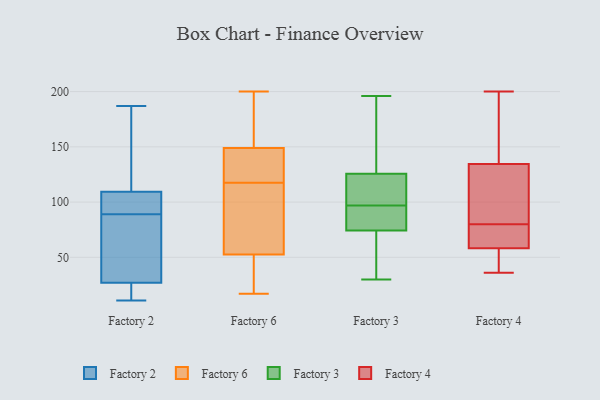
{"axis": {"x": "Production Output", "y": "Value"}, "legend": ["Factory 2", "Factory 3", "Factory 4", "Factory 6"], "data": [{"x": "", "y": 174, "type": "Factory 2"}, {"x": "", "y": 19, "type": "Factory 2"}, {"x": "", "y": 95, "type": "Factory 2"}, {"x": "", "y": 187, "type": "Factory 2"}, {"x": "", "y": 14, "type": "Factory 2"}, {"x": "", "y": 89, "type": "Factory 2"}, {"x": "", "y": 11, "type": "Factory 2"}, {"x": "", "y": 86, "type": "Factory 2"}, {"x": "", "y": 114, "type": "Factory 2"}, {"x": "", "y": 89, "type": "Factory 2"}, {"x": "", "y": 51, "type": "Factory 2"}, {"x": "", "y": 198, "type": "Factory 6"}, {"x": "", "y": 116, "type": "Factory 6"}, {"x": "", "y": 119, "type": "Factory 6"}, {"x": "", "y": 194, "type": "Factory 6"}, {"x": "", "y": 52, "type": "Factory 6"}, {"x": "", "y": 46, "type": "Factory 6"}, {"x": "", "y": 102, "type": "Factory 6"}, {"x": "", "y": 127, "type": "Factory 6"}, {"x": "", "y": 120, "type": "Factory 6"}, {"x": "", "y": 184, "type": "Factory 6"}, {"x": "", "y": 155, "type": "Factory 6"}, {"x": "", "y": 131, "type": "Factory 6"}, {"x": "", "y": 53, "type": "Factory 6"}, {"x": "", "y": 143, "type": "Factory 6"}, {"x": "", "y": 42, "type": "Factory 6"}, {"x": "", "y": 56, "type": "Factory 6"}, {"x": "", "y": 50, "type": "Factory 6"}, {"x": "", "y": 200, "type": "Factory 6"}, {"x": "", "y": 17, "type": "Factory 6"}, {"x": "", "y": 61, "type": "Factory 6"}, {"x": "", "y": 195, "type": "Factory 3"}, {"x": "", "y": 128, "type": "Factory 3"}, {"x": "", "y": 30, "type": "Factory 3"}, {"x": "", "y": 55, "type": "Factory 3"}, {"x": "", "y": 95, "type": "Factory 3"}, {"x": "", "y": 74, "type": "Factory 3"}, {"x": "", "y": 75, "type": "Factory 3"}, {"x": "", "y": 99, "type": "Factory 3"}, {"x": "", "y": 100, "type": "Factory 3"}, {"x": "", "y": 40, "type": "Factory 3"}, {"x": "", "y": 117, "type": "Factory 3"}, {"x": "", "y": 90, "type": "Factory 3"}, {"x": "", "y": 70, "type": "Factory 3"}, {"x": "", "y": 191, "type": "Factory 3"}, {"x": "", "y": 87, "type": "Factory 3"}, {"x": "", "y": 138, "type": "Factory 3"}, {"x": "", "y": 97, "type": "Factory 3"}, {"x": "", "y": 196, "type": "Factory 3"}, {"x": "", "y": 119, "type": "Factory 3"}, {"x": "", "y": 53, "type": "Factory 4"}, {"x": "", "y": 167, "type": "Factory 4"}, {"x": "", "y": 66, "type": "Factory 4"}, {"x": "", "y": 36, "type": "Factory 4"}, {"x": "", "y": 200, "type": "Factory 4"}, {"x": "", "y": 80, "type": "Factory 4"}, {"x": "", "y": 124, "type": "Factory 4"}, {"x": "", "y": 138, "type": "Factory 4"}, {"x": "", "y": 57, "type": "Factory 4"}, {"x": "", "y": 122, "type": "Factory 4"}, {"x": "", "y": 62, "type": "Factory 4"}, {"x": "", "y": 50, "type": "Factory 4"}, {"x": "", "y": 107, "type": "Factory 4"}, {"x": "", "y": 196, "type": "Factory 4"}, {"x": "", "y": 68, "type": "Factory 4"}]}